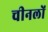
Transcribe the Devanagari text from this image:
चीनलों